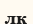
лк